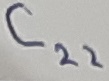
Text: C22